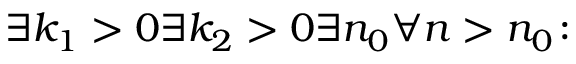
\exists k _ { 1 } > 0 \exists k _ { 2 } > 0 \exists n _ { 0 } \forall n > n _ { 0 } \colon